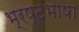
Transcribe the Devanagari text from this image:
भ्रष्टभाषा